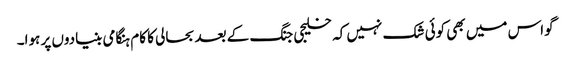
گواس میں بھی کوئی شک نہیں کہ خلیجی جنگ کے بعد بحالی کا کام ہنگامی بنیادوں پر ہوا۔